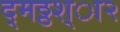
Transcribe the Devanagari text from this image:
द्मठ्ठश्ा२